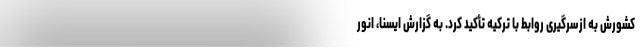
کشورش به ازسرگیری روابط با ترکیه تأکید کرد. به گزارش ایسنا، انور